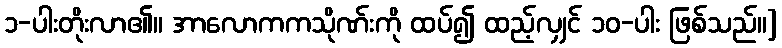
၁-ပါးတိုးလာ၏။ အာလောကကသိုဏ်းကို ထပ်၍ ထည့်လျှင် ၁၀-ပါး ဖြစ်သည်။]